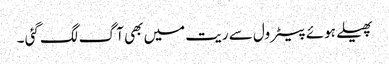
پھیلے ہوئے پیٹرول سے ریت میں بھی آ گ لگ گئی ۔